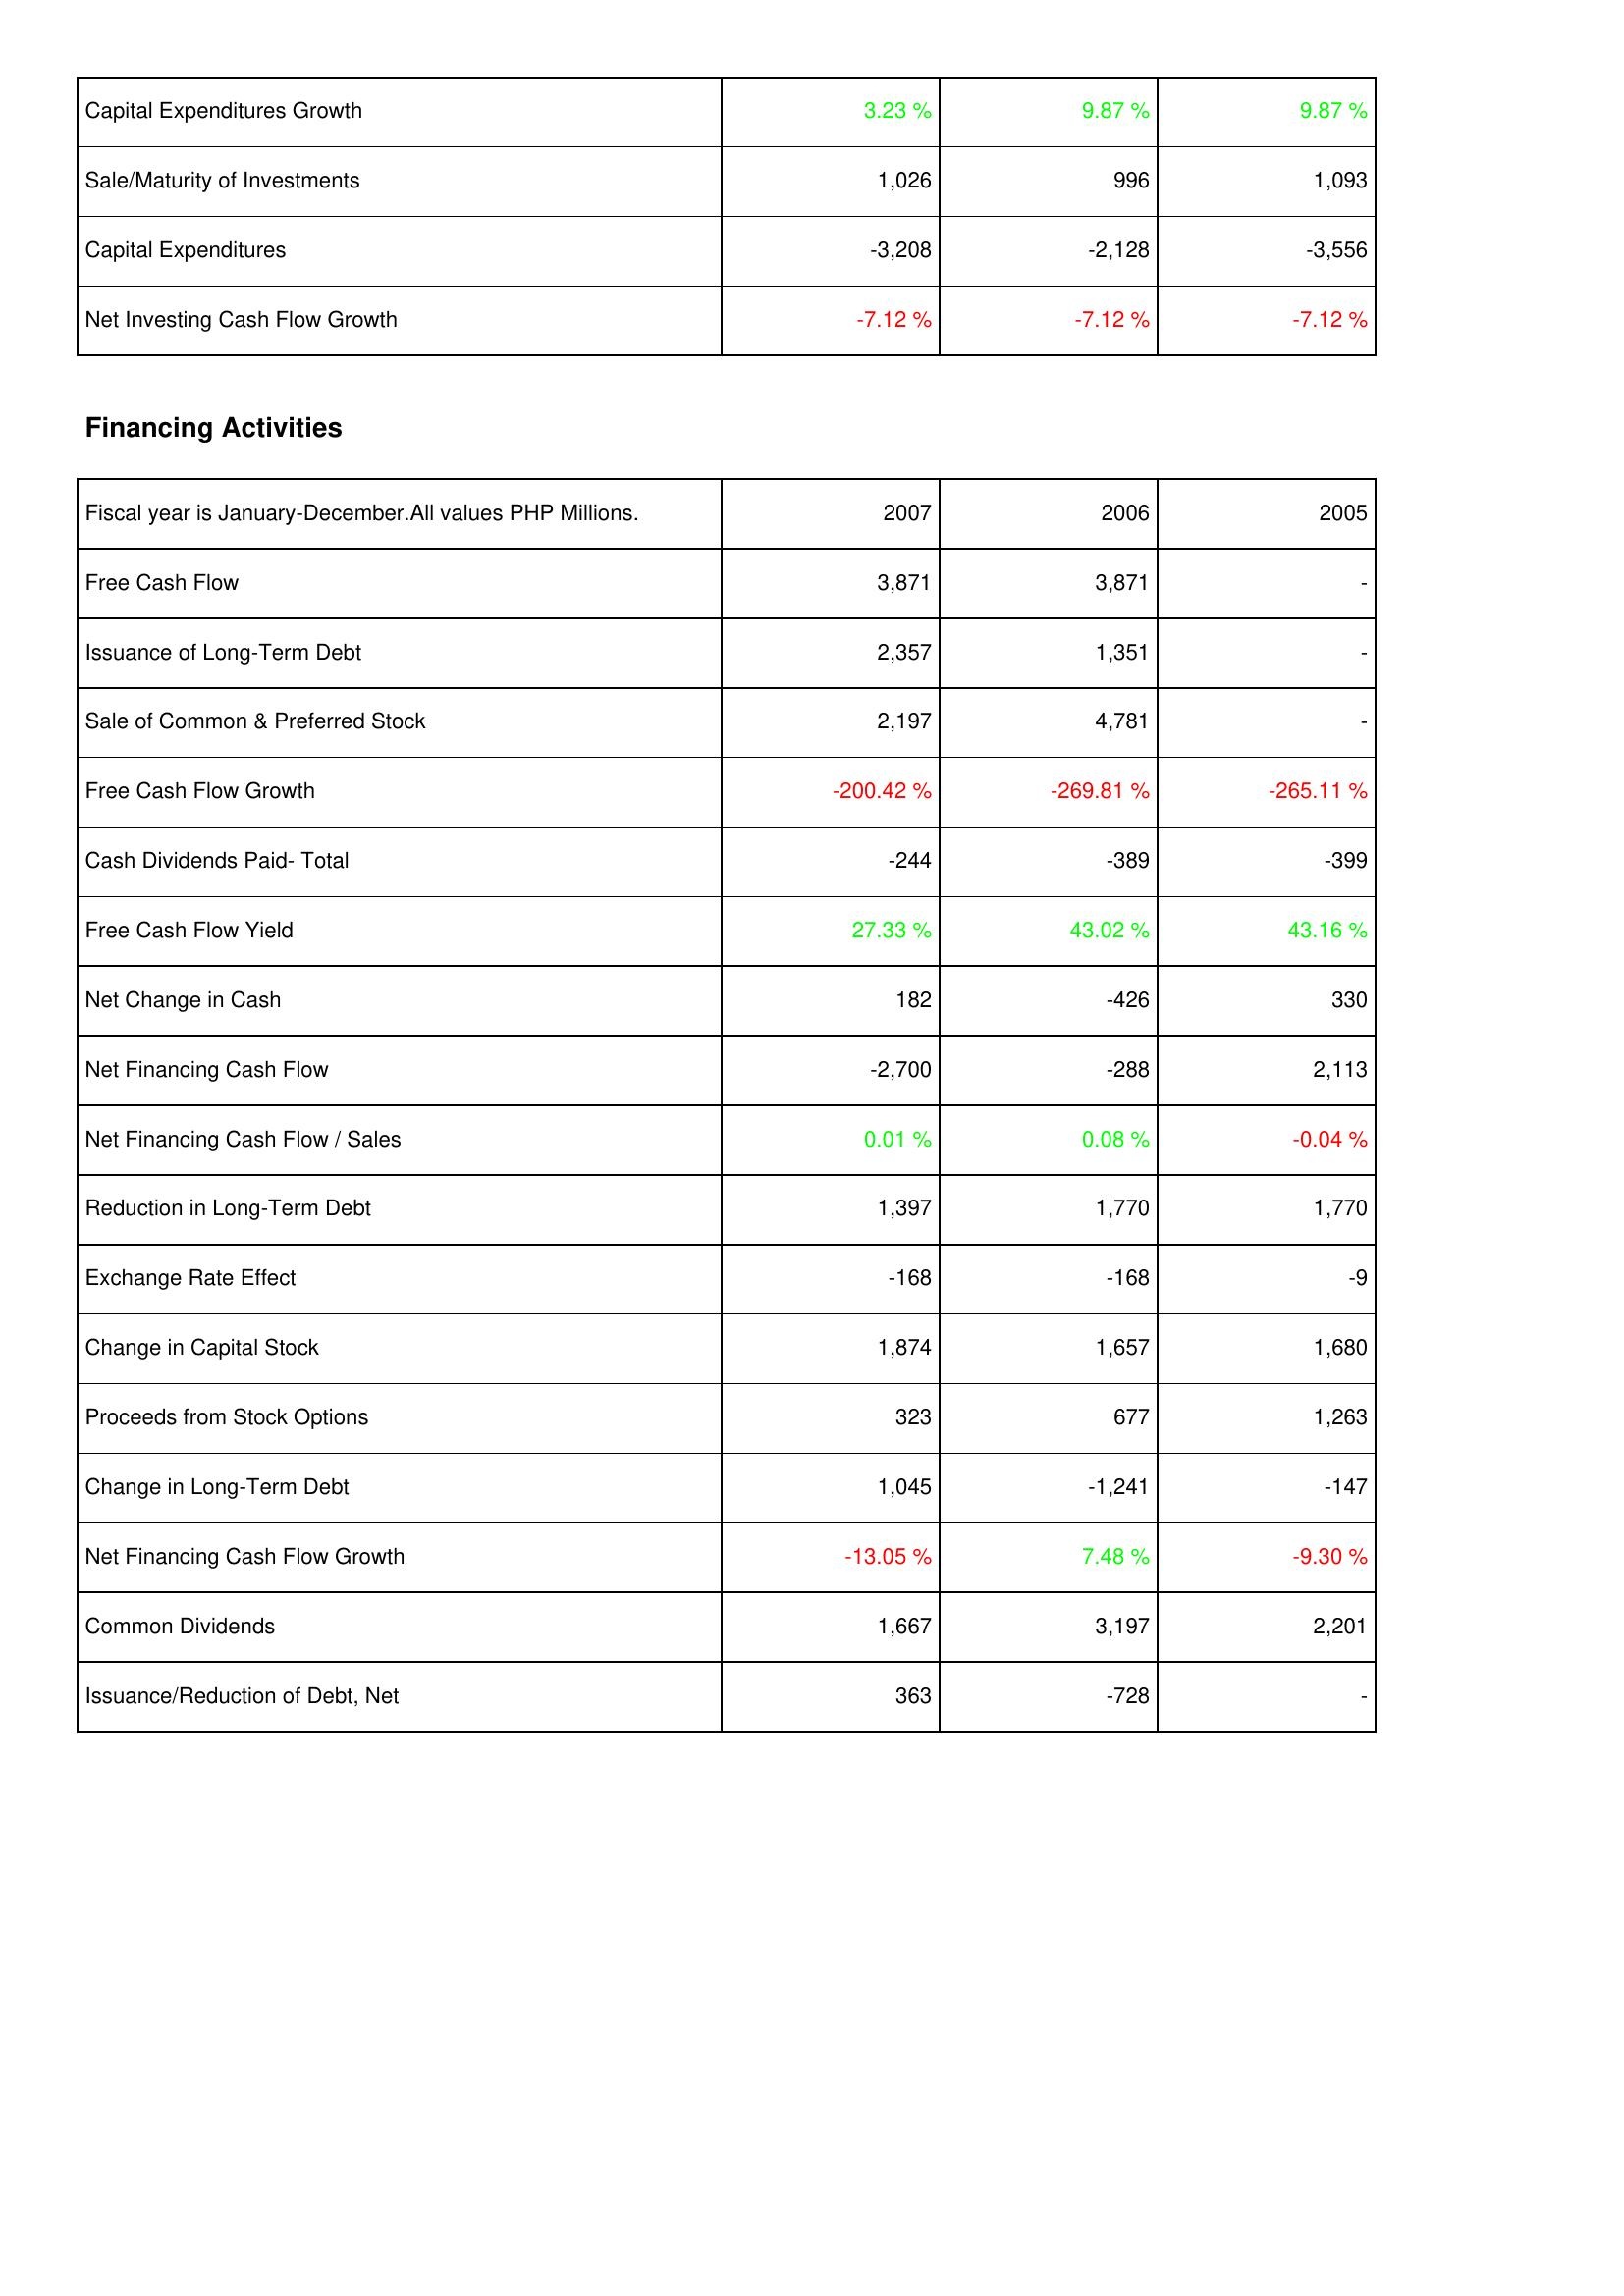
2007: Investing Activities: Capital Expenditures Growth: 3.23 %
Sale/Maturity of Investments: 1,026
Capital Expenditures: -3,208
Net Investing Cash Flow Growth: -7.12 %
Financing Activities: Free Cash Flow: 3,871
Issuance of Long-Term Debt: 2,357
Sale of Common & Preferred Stock: 2,197
Free Cash Flow Growth: -200.42 %
Cash Dividends Paid- Total: -244
Free Cash Flow Yield: 27.33 %
Net Change in Cash: 182
Net Financing Cash Flow: -2,700
Net Financing Cash Flow / Sales: 0.01 %
Reduction in Long-Term Debt: 1,397
Exchange Rate Effect: -168
Change in Capital Stock: 1,874
Proceeds from Stock Options: 323
Change in Long-Term Debt: 1,045
Net Financing Cash Flow Growth: -13.05 %
Common Dividends: 1,667
Issuance/Reduction of Debt, Net: 363
2006: Investing Activities: Capital Expenditures Growth: 9.87 %
Sale/Maturity of Investments: 996
Capital Expenditures: -2,128
Net Investing Cash Flow Growth: -7.12 %
Financing Activities: Free Cash Flow: 3,871
Issuance of Long-Term Debt: 1,351
Sale of Common & Preferred Stock: 4,781
Free Cash Flow Growth: -269.81 %
Cash Dividends Paid- Total: -389
Free Cash Flow Yield: 43.02 %
Net Change in Cash: -426
Net Financing Cash Flow: -288
Net Financing Cash Flow / Sales: 0.08 %
Reduction in Long-Term Debt: 1,770
Exchange Rate Effect: -168
Change in Capital Stock: 1,657
Proceeds from Stock Options: 677
Change in Long-Term Debt: -1,241
Net Financing Cash Flow Growth: 7.48 %
Common Dividends: 3,197
Issuance/Reduction of Debt, Net: -728
2005: Investing Activities: Capital Expenditures Growth: 9.87 %
Sale/Maturity of Investments: 1,093
Capital Expenditures: -3,556
Net Investing Cash Flow Growth: -7.12 %
Financing Activities: Free Cash Flow: -
Issuance of Long-Term Debt: -
Sale of Common & Preferred Stock: -
Free Cash Flow Growth: -265.11 %
Cash Dividends Paid- Total: -399
Free Cash Flow Yield: 43.16 %
Net Change in Cash: 330
Net Financing Cash Flow: 2,113
Net Financing Cash Flow / Sales: -0.04 %
Reduction in Long-Term Debt: 1,770
Exchange Rate Effect: -9
Change in Capital Stock: 1,680
Proceeds from Stock Options: 1,263
Change in Long-Term Debt: -147
Net Financing Cash Flow Growth: -9.30 %
Common Dividends: 2,201
Issuance/Reduction of Debt, Net: -